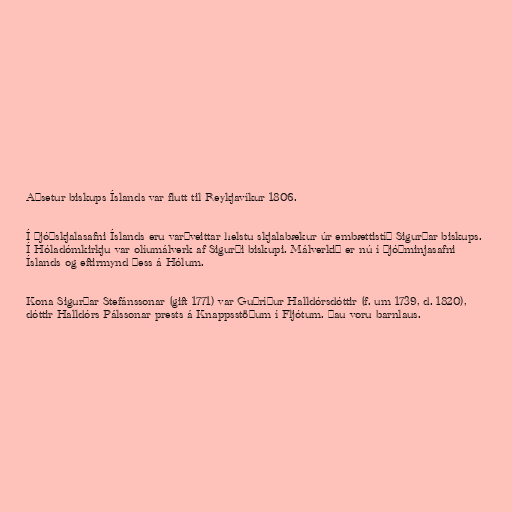
Aðsetur biskups Íslands var flutt til Reykjavíkur 1806.

Í Þjóðskjalasafni Íslands eru varðveittar helstu skjalabækur úr embættistíð Sigurðar biskups.
Í Hóladómkirkju var olíumálverk af Sigurði biskupi. Málverkið er nú í Þjóðminjasafni
Íslands og eftirmynd þess á Hólum.

Kona Sigurðar Stefánssonar (gift 1771) var Guðríður Halldórsdóttir (f. um 1739, d. 1820),
dóttir Halldórs Pálssonar prests á Knappsstöðum í Fljótum. Þau voru barnlaus.